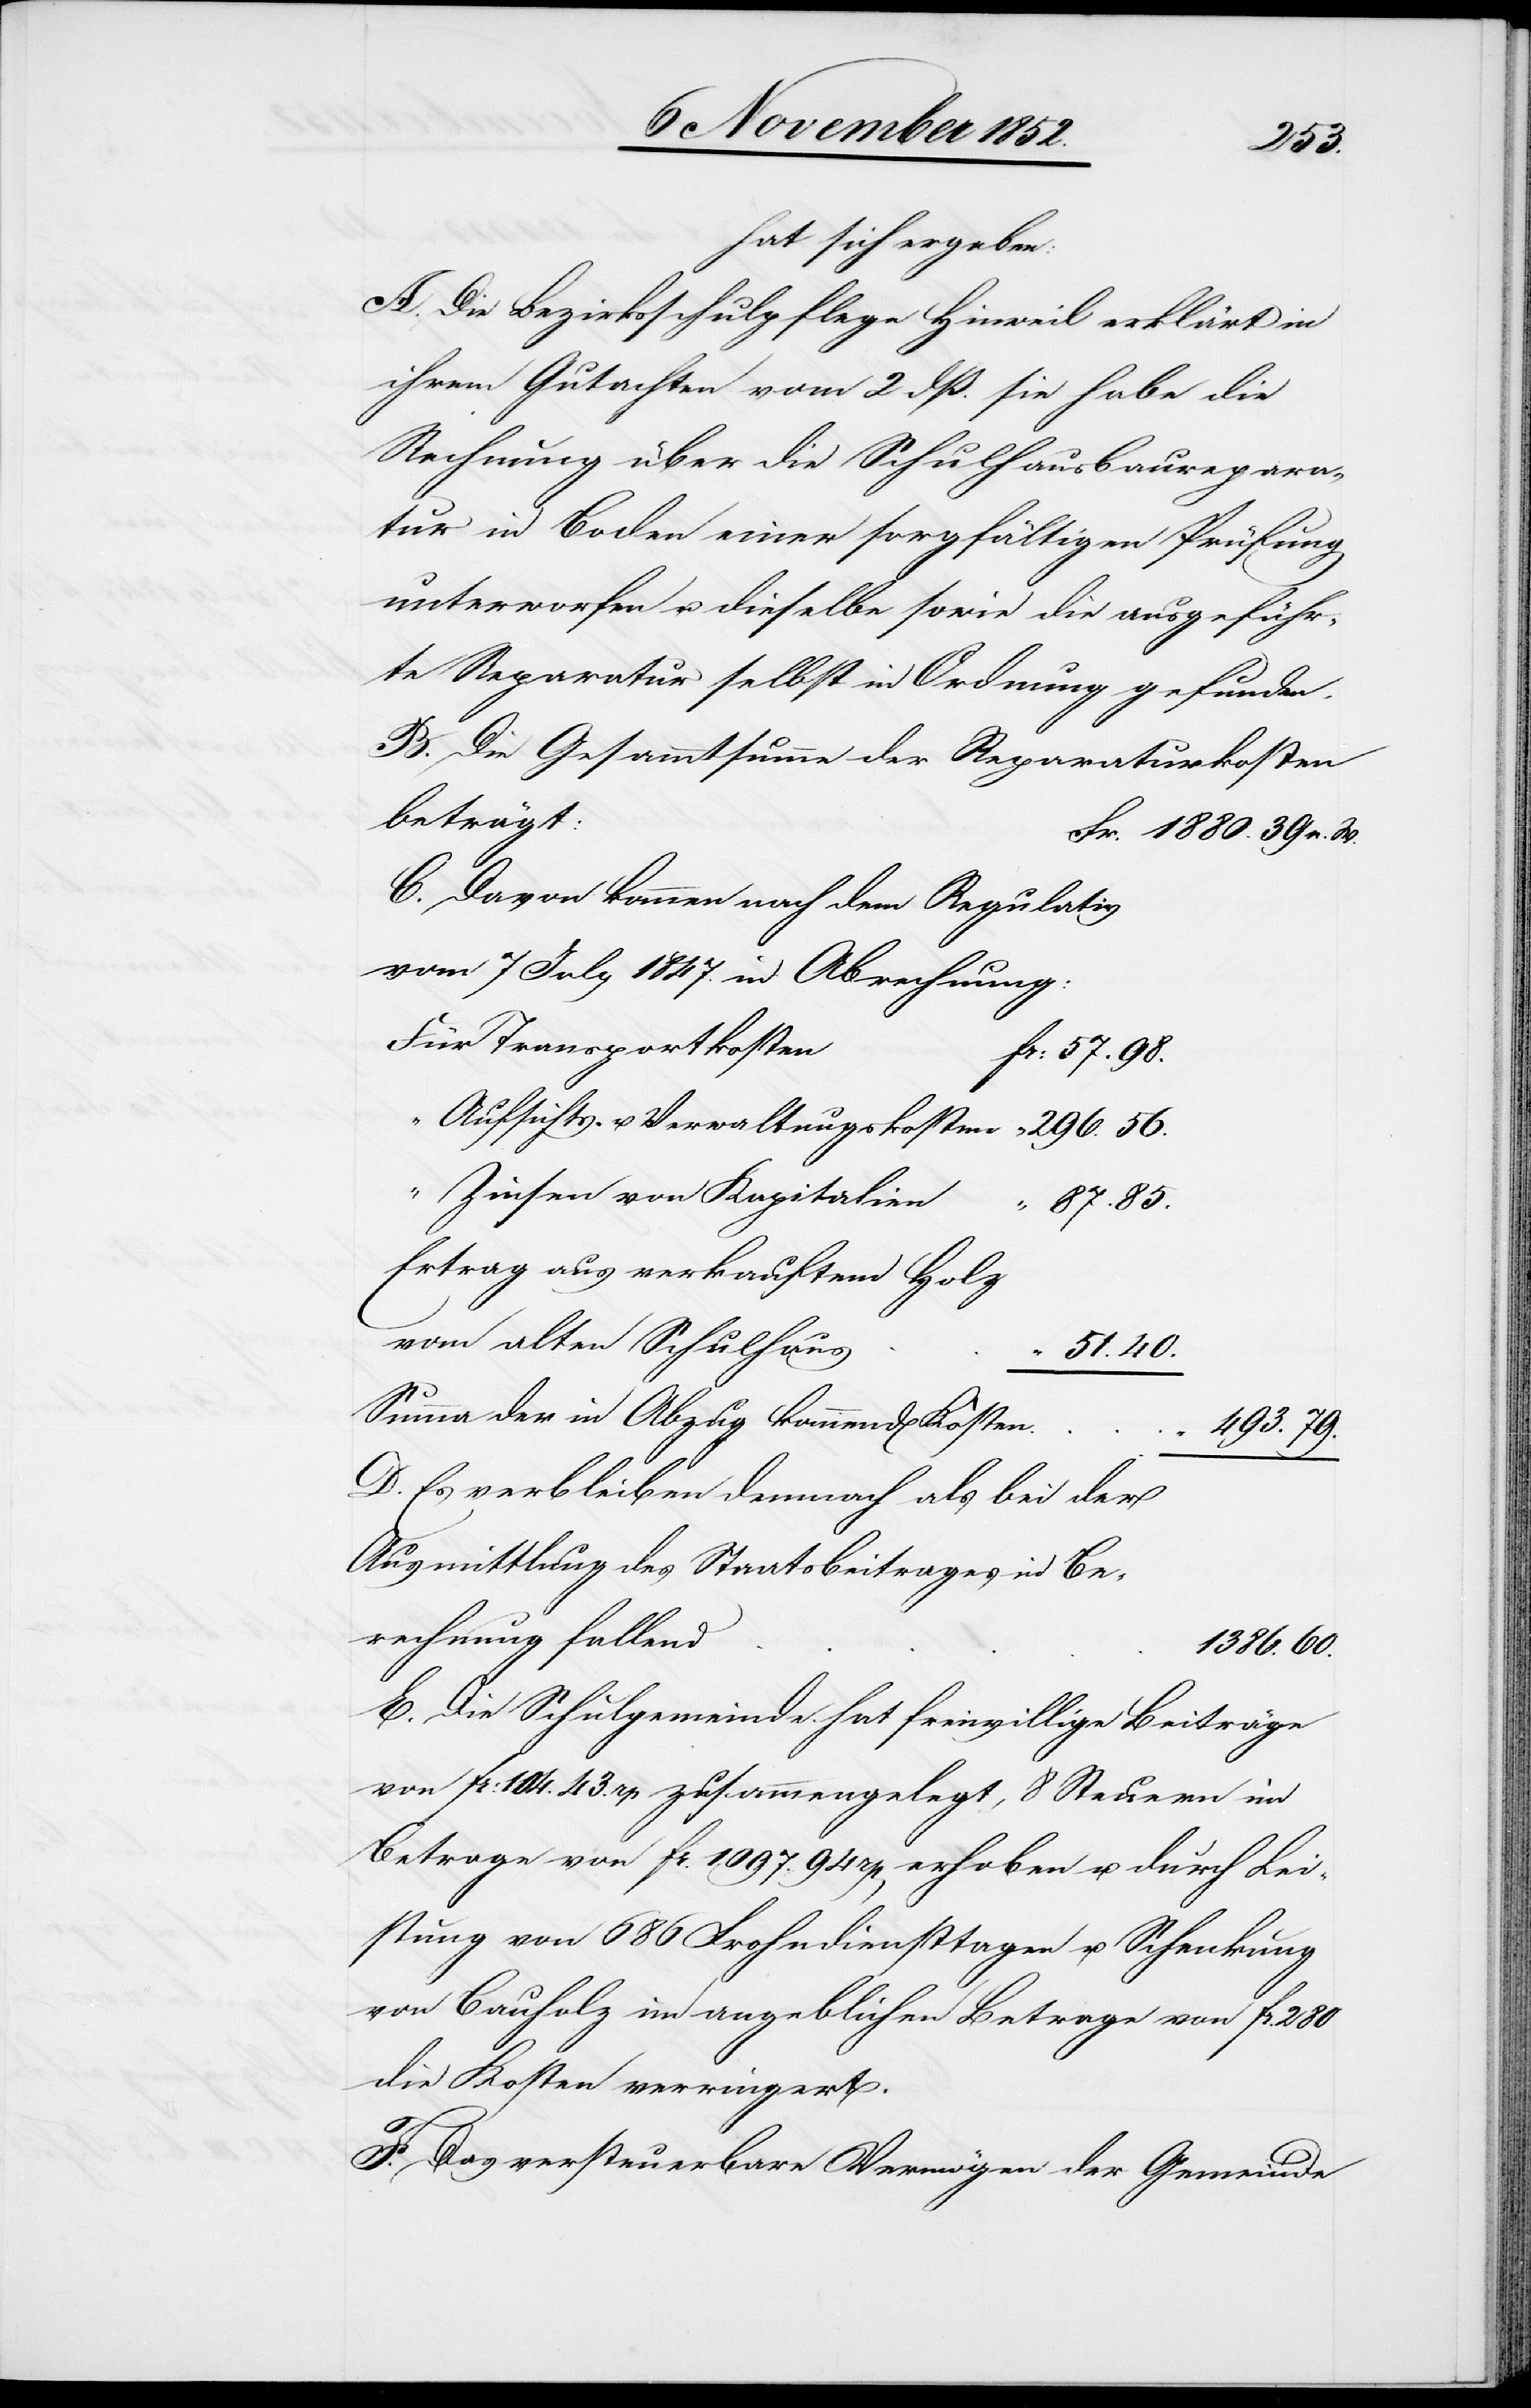
hat sich ergeben:
A. Die Bezirksschulpflege Hinweil erklärt in
ihrem Gutachten vom 2 dß. sie habe die
Rechnung über die Schulhausbaurepara¬
tur in Boden einer sorgfältigen Prüfung
unterworfen u. dieselbe sowie die ausgeführ¬
te Reparatur selbst in Ordnung gefunden.
B. Die Gesammtsumme der Reparaturkosten
beträgt:
Fr. 1880. 39 n. W.
C. Davon kommen nach dem Regulativ
vom 7 July 1847. in Abrechnung:
Für Transportkosten
Fr: 57. 98.
“ Aufsichts- u. Verwaltungskosten
“ Zinsen von Kapitalien
“ 87. 85.
Ertrag aus verkauftem Holz
vom alten Schulhaus
51. 40.
56.
Summa der in Abzug kommend[en] Kosten
“
493. 79.
D. Es verbleiben demnach als bei der
Ausmittlung des Staatsbeitrages in Be¬
rechnung fallend
1386. 60.
E. Die Schulgemeinde hat freiwillige Beiträge
von Fr: 104. 43. rp zusammengelegt, 8 Steuern im
Betrage von Fr. 1097. 94 rp[en] erhoben u. durch Lei¬
stung von 686 Frohndiensttagen u. Schenkung
von Bauholz im angeblichen Betrage von Fr. 280
die Kosten verringert.
F. Das versteuerbare Vermögen der Gemeinde